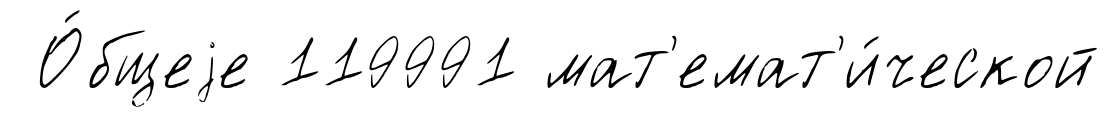
О́бщеjе 119991 мат'емат'и́ческой